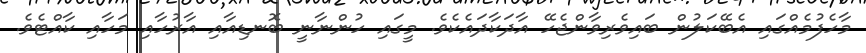
މާހެފުމެއްގައި އެބޭކަލުން ބައިވެރިވާންޖެހޭ އާދަކާދައެކެވެ. މީގައި ހުންނާނީ ބޮނޑިއާއި އާރުހާއި މަހާއި ކާއްޓެވެ.